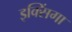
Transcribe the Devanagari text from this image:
इक्सिंगा